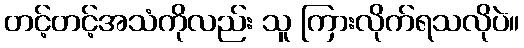
တင့်တင့်အသံကိုလည်း သူ ကြားလိုက်ရသလိုပဲ။